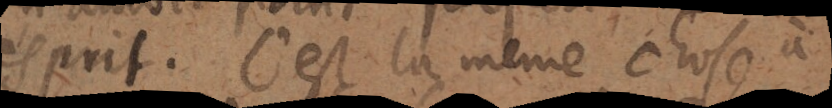
esprit. C’est la même chose à